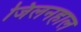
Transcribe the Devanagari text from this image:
जिलनहाल